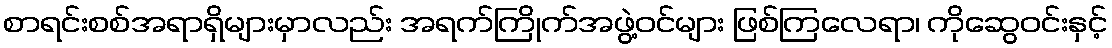
စာရင်းစစ်အရာရှိများမှာလည်း အရက်ကြိုက်အဖွဲ့ဝင်များ ဖြစ်ကြလေရာ၊ ကိုဆွေဝင်းနှင့်